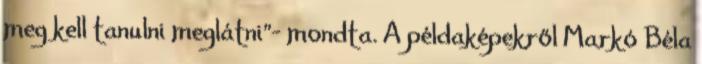
meg kell tanulni meglátni”- mondta. A példaképekről Markó Béla